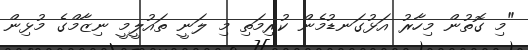
"މި ގޮތުން މިހާރު އަޅުގަނޑުމެން ކުރިމަތި މި ލަނީ ތައުލީމީ ނިޒާމްގެ މުޅިން